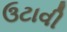
ઉટાવી